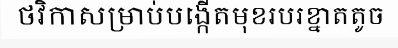
ថវិកាសម្រាប់បង្កើតមុខរបរខ្នាតតូច